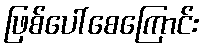
ဖြစ်ပေါ်စေကြောင်း